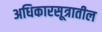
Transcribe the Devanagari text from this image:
अधिकारसूत्रातील